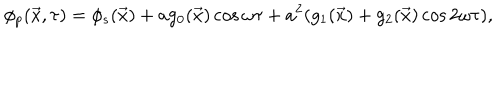
LaTeX: \phi _ { p } ( \vec { x } , \tau ) = \phi _ { s } ( \vec { x } ) + a g _ { 0 } ( \vec { x } ) \cos \omega \tau + a ^ { 2 } ( g _ { 1 } ( \vec { x } ) + g _ { 2 } ( \vec { x } ) \cos 2 \omega \tau ) ,